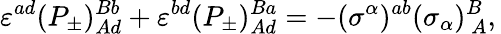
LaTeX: \varepsilon^{ad}(P_{\pm})_{Ad}^{Bb}+\varepsilon^{bd}(P_{\pm})_{Ad}^{Ba}=-(\sigma^{\alpha})^{ab}(\sigma_{\alpha})_{~A}^{B},\,